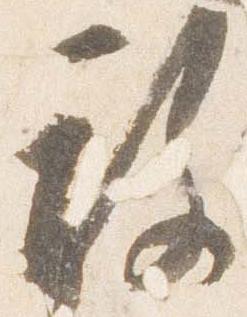
敢